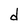
Character: d